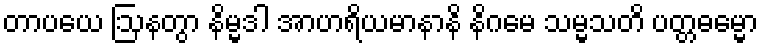
တာပယေ ဩနတွာ နိမ္မဒါ အာဟရိယမာနာနိ နိဂမေ သမ္မသတိ ပတ္တဓမ္မော